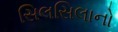
સિલસિલાનો